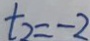
t _ { 2 } = - 2